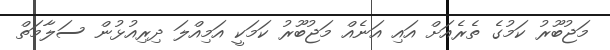
މަޖުބޫރު ކަމުގެ ތެރެއަށް އައި އަނެއް މަޖުބޫރު ކަމަކީ އަމިއްލަ ދިރިއުޅުން ސަލާމަތް